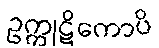
ဥက္ကုဋိကောပိ